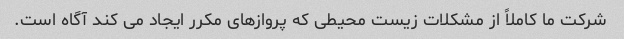
شرکت ما کاملاً از مشکلات زیست محیطی که پروازهای مکرر ایجاد می کند آگاه است.